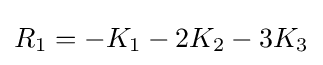
R_{1}=-K_{1}-2K_{2}-3K_{3}